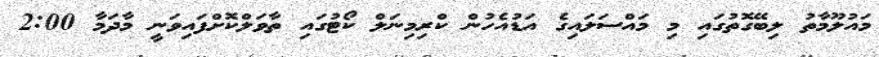
މައުލޫމާތު ލިބޭގޮތުގައި މި މައްސަލައިގެ އަޑުއެހުން ކްރިމިނަލް ކޯޓުގައި ތާވަލްކޮށްފައިވަނީ މާދަމާ 2:00